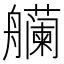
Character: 𫇡